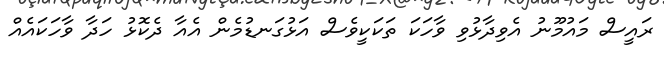
ރައީސް މައުމޫނު އެވިދާޅުވި ވާހަކަ ތަކަކީވެސް އަޅުގަނޑުމެން އެއާ ދެކޮޅު ހަދާ ވާހަކައެއް